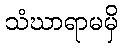
သံဃာရာမမှိ